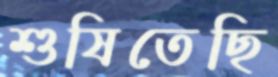
শুষিতেছি